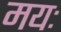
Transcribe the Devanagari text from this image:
मयः